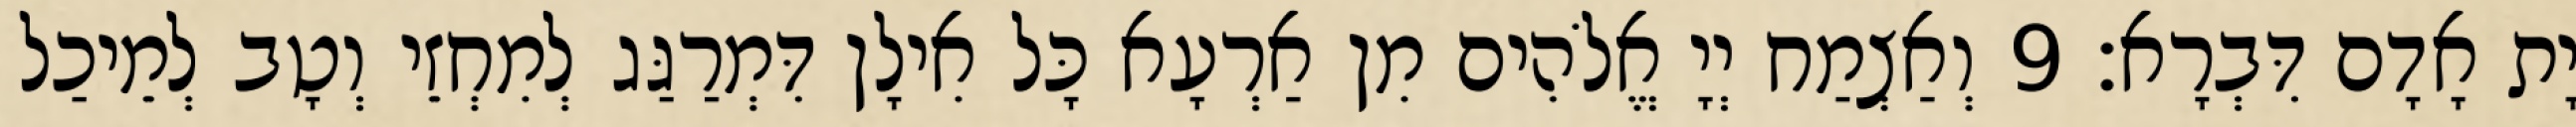
יָת אָדָם דִּבְרָא׃ 9 וְאַצְמַח יְיָ אֱלֹהִים מִן אַרְעָא כָּל אִילָן דִּמְרַגַּג לְמִחְזֵי וְטָב לְמֵיכַל